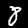
Label: 8